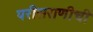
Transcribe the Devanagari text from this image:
परीसराणीची